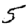
Digit: 5